Report of the Municipal Commissioner on the plague in Bombay for the year ending 31st May... - Volume 1
Disease focus: Plague
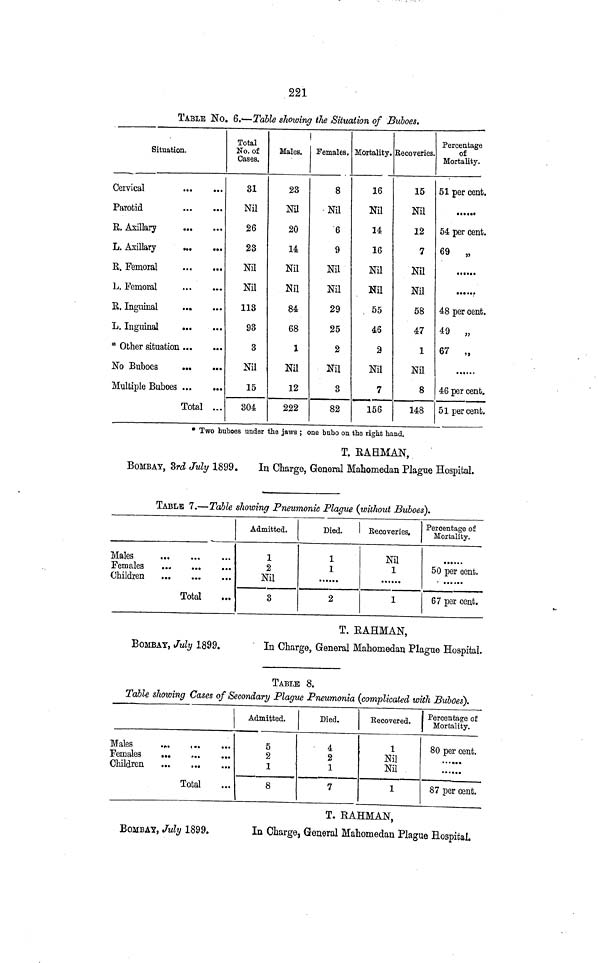
221
TABLE No. 6.—Table showing the Situation of Buboes.
Situation.
Cervical
Parotid
R. Axillary
L. Axillary
...
E. Femoral
L. Femoral
R. Inguinal
L. Inguinal
* Other situation
No Buboes
Multiple Buboes
Total ...
Total
No. of
Cases.
31
Nil
26
23
Nil
Nil
113
93
3
Nil
15
304
Males.
23
Nil
20
14
Nil
Nil
84
68
1
Nil
12
222
Females.
8
Nil
6
9
Nil
Nil
29
25
2
Nil
3
82
Mortality.
16
Nil
14
16
Nil
Nil
55
46
2
Nil
7
156
Recoveries,
15
Nil
12
7
Nil
Nil
58
47
1
Nil
8
148
Percentage
of
Mortality.
51 per cent.
•
54 per cent.
69 „
••••
••••
48 per cent.
49 „
67 „
46 per cent.
51 percent.
* Two buboes under the jaws; one bubo on the right hand.
T. RAHMAN,
BOMBAY, 3rd July 1899.
In Charge, General Mahomedan Plague Hospital.
TABLE 7.—Table showing Pneumonic Plague (without Buboes).
Males
•••
••
Females
Children
...
•••
•••
Total
Admitted.
1
2
Nil
3
Died.
1
1
2
Recoveries,
Nil
1
1
Percentage of
Mortality.
50 per cent.
67 per cent.
BOMBAY, July 1899.
T. EAHMAN,
In Charge, General Mahomedan Plague Hospital.
TABLE 8.
Table showing Cases of Secondary Plague Pneumonia (complicated with Buboes).
\
Males
..
Females
Children
Total
Admitted.
5
2
1
8
Died.
4
2
1
7
Recovered.
1
Nil
Nil
1
Percentage of
Mortality.
80 per cent.
87 per cent.
BOMBAY, July 1899.
T. RAHMAN,
In Charge, General Mahomedan Plague Hospital.